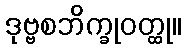
ဒုဗ္ဗစဘိက္ခုဝတ္ထု။